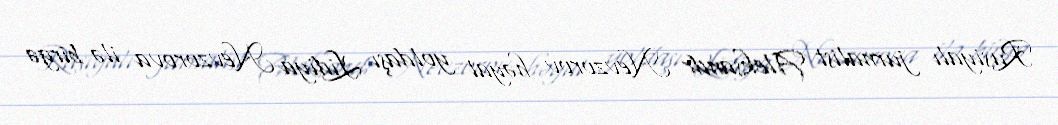
Rusiyalı jurnalist Aleksandr Nevzorov həyat yoldaşı Lidiya Nevzorova ilə birgə